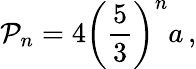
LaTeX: \mathcal{P}_{n}=4\left({\frac{{5}}{{3}}}\right)^{n}a\, ,